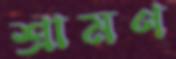
শ্রামণ